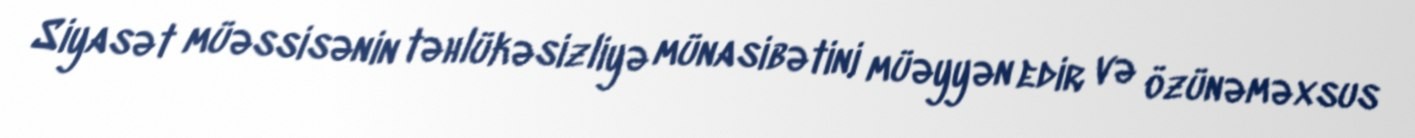
Siyasət müəssisənin təhlükəsizliyə münasibətini müəyyən edir və özünəməxsus